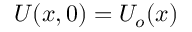
U ( x , 0 ) = U _ { o } ( x )